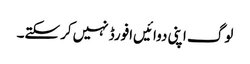
لوگ اپنی دوائیں‌افورڈ نہیں‌کرسکتے۔